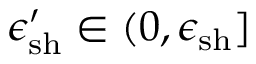
\epsilon _ { \mathrm { s h } } ^ { \prime } \in ( 0 , \epsilon _ { \mathrm { s h } } ]